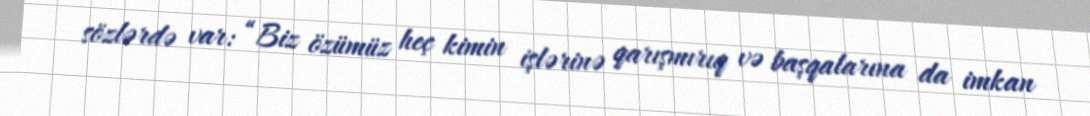
sözlərdə var: “Biz özümüz heç kimin işlərinə qarışmırıq və başqalarına da imkan